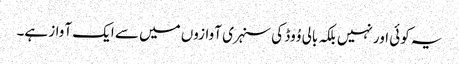
یہ کوئی اور نہیں بلکہ بالی وُوڈ کی سنہری آوازوں میں سے ایک آواز ہے۔